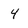
Character: 4